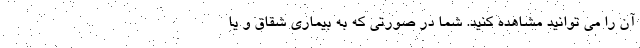
آن را می توانید مشاهده کنید. شما در صورتی که به بیماری شقاق و یا